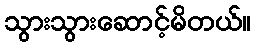
သွားသွားဆောင့်မိတယ်။